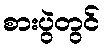
စားပွဲတွင်